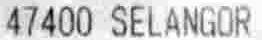
47400 SELANGOR